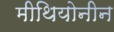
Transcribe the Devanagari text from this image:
मीथियोनीन